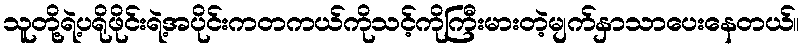
သူတို့ရဲ့ပရိုဖိုင်းရဲ့အပိုင်းကတကယ်ကိုသင့်ကိုကြီးမားတဲ့မျက်နှာသာပေးနေတယ်။